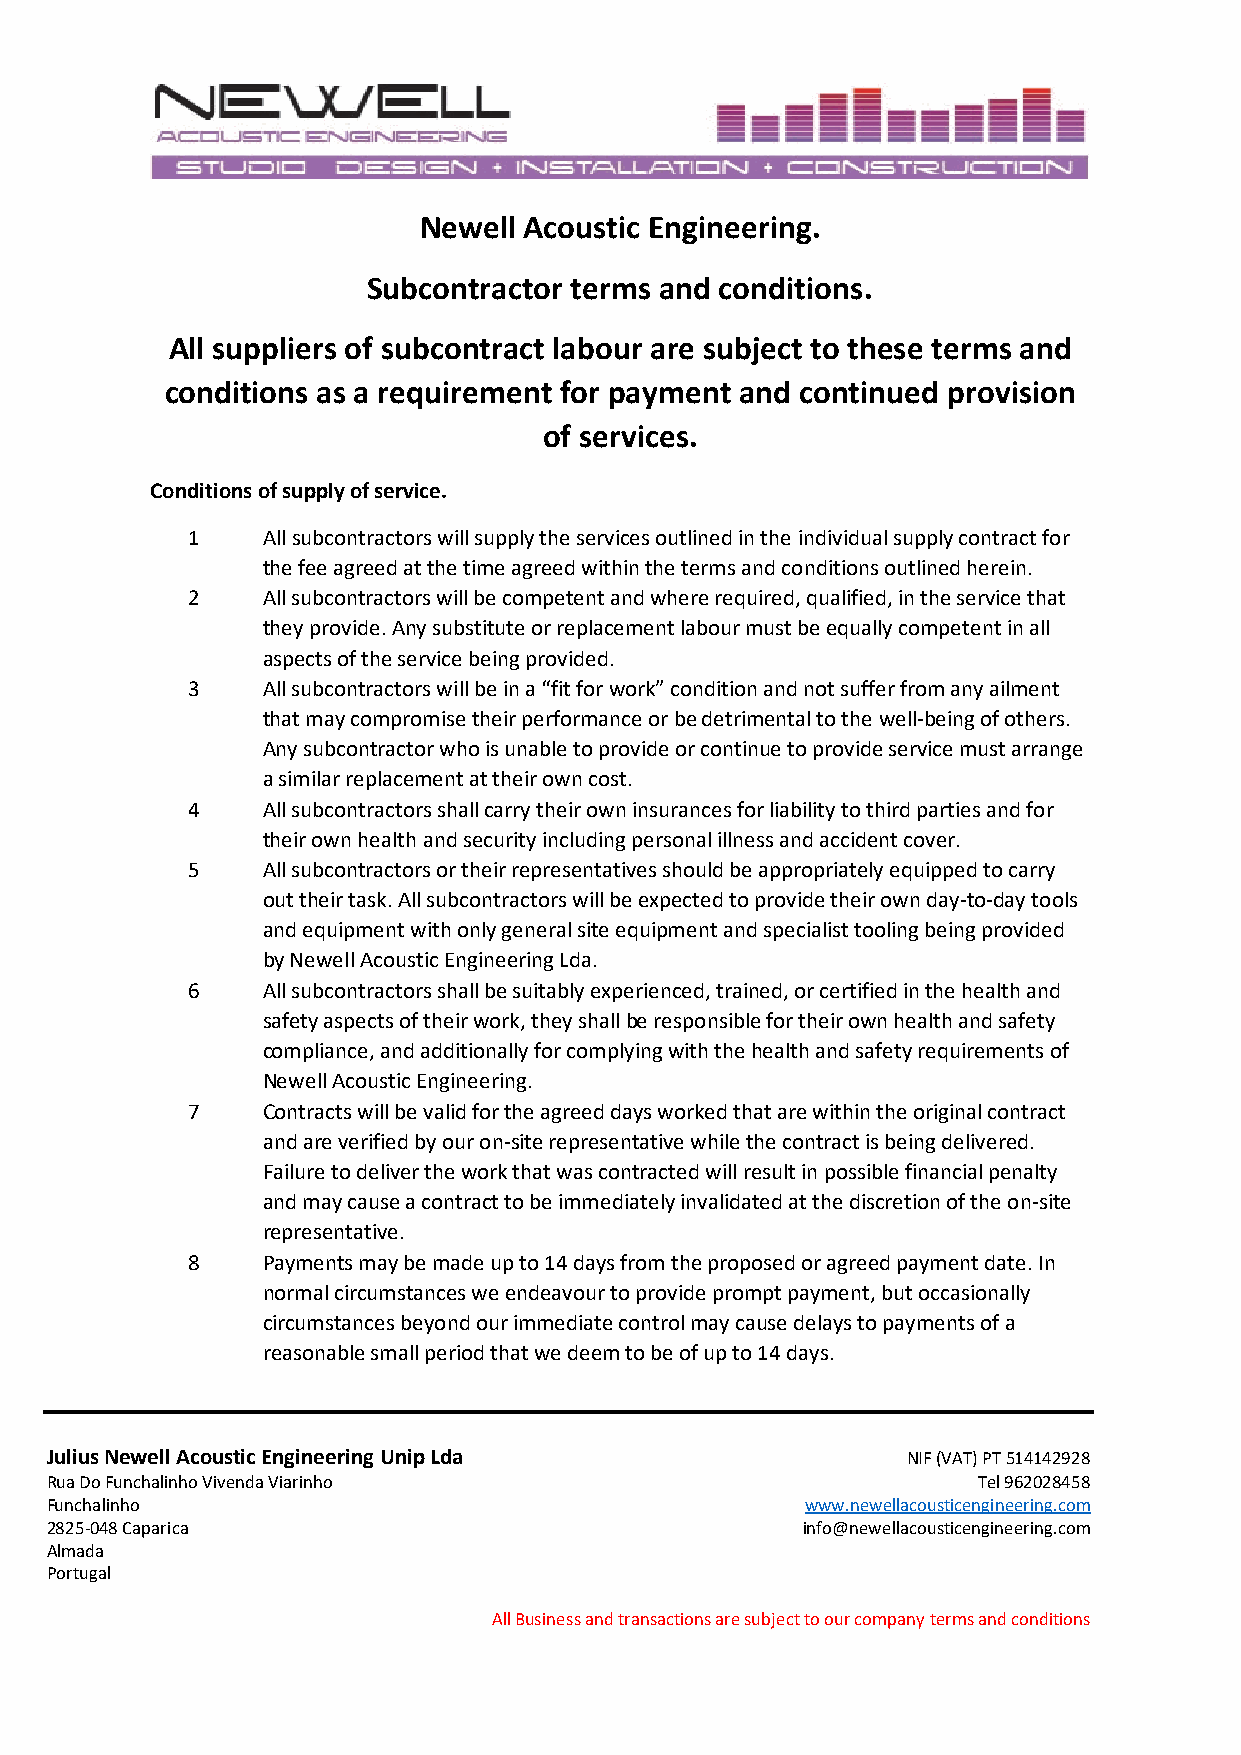
Newell Acoustic Engineering.
 Subcontractor terms and conditions.
 All suppliers of subcontract labour are subject to these terms and
 conditions as a requirement for payment and continued provision
 of services.
 Conditions of supply of service.
 1    All subcontractors will supply the services outlined in the individual supply contract for
 the fee agreed at the time agreed within the terms and conditions outlined herein.
 2    All subcontractors will be competent and where required, qualified, in the service that
 they provide. Any substitute or replacement labour must be equally competent in all
 aspects of the service being provided.
 3    All subcontractors will be in a “fit for work” condition and not suffer from any ailment
 that may compromise their performance or be detrimental to the well-being of others.
 Any subcontractor who is unable to provide or continue to provide service must arrange
 a similar replacement at their own cost.
 4    All subcontractors shall carry their own insurances for liability to third parties and for
 their own health and security including personal illness and accident cover.
 5    All subcontractors or their representatives should be appropriately equipped to carry
 out their task. All subcontractors will be expected to provide their own day-to-day tools
 and equipment with only general site equipment and specialist tooling being provided
 by Newell Acoustic Engineering Lda.
 6    All subcontractors shall be suitably experienced, trained, or certified in the health and
 safety aspects of their work, they shall be responsible for their own health and safety
 compliance, and additionally for complying with the health and safety requirements of
 Newell Acoustic Engineering.
 7    Contracts will be valid for the agreed days worked that are within the original contract
 and are verified by our on-site representative while the contract is being delivered.
 Failure to deliver the work that was contracted will result in possible financial penalty
 and may cause a contract to be immediately invalidated at the discretion of the on-site
 representative.
 8    Payments may be made up to 14 days from the proposed or agreed payment date. In
 normal circumstances we endeavour to provide prompt payment, but occasionally
 circumstances beyond our immediate control may cause delays to payments of a
 reasonable small period that we deem to be of up to 14 days.
 Julius Newell Acoustic Engineering Unip Lda              NIF (VAT) PT 514142928
 Rua Do Funchalinho Vivenda Viarinho                           Tel 962028458
 Funchalinho                                       www.newellacousticengineering.com
 2825-048 Caparica                                 info@newellacousticengineering.com
 Almada
 Portugal
 All Business and transactions are subject to our company terms and conditions